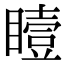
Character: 𪾼